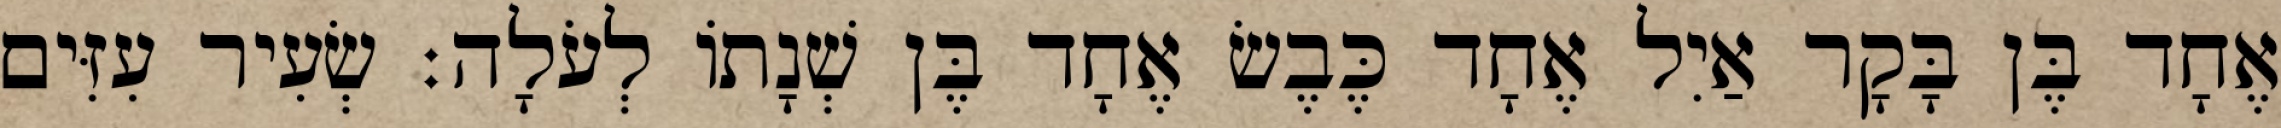
אֶחָד בֶּן בָּקָר אַיִל אֶחָד כֶּבֶשׂ אֶחָד בֶּן שְׁנָתוֹ לְעֹלָה׃ שְׂעִיר עִזִּים